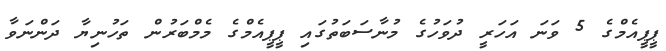
ޕީޕީއެމްގެ 5 ވަނަ އަހަރީ ދުވަހުގެ މުނާސަބަތުގައި ޕީޕީއެމްގެ މެމްބަރުން ތަހުނިޔާ ދަންނަވާ